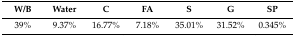
<table><thead><tr><td><b>W/B</b></td><td><b>Water</b></td><td><b>C</b></td><td><b>FA</b></td><td><b>S</b></td><td><b>G</b></td><td><b>SP</b></td></tr></thead><tbody><tr><td>39%</td><td>9.37%</td><td>16.77%</td><td>7.18%</td><td>35.01%</td><td>31.52%</td><td>0.345%</td></tr></tbody></table>